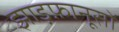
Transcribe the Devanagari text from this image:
झाड़फ़ानूसों